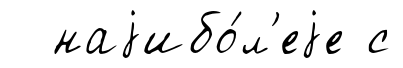
наjибо́л'еjе с